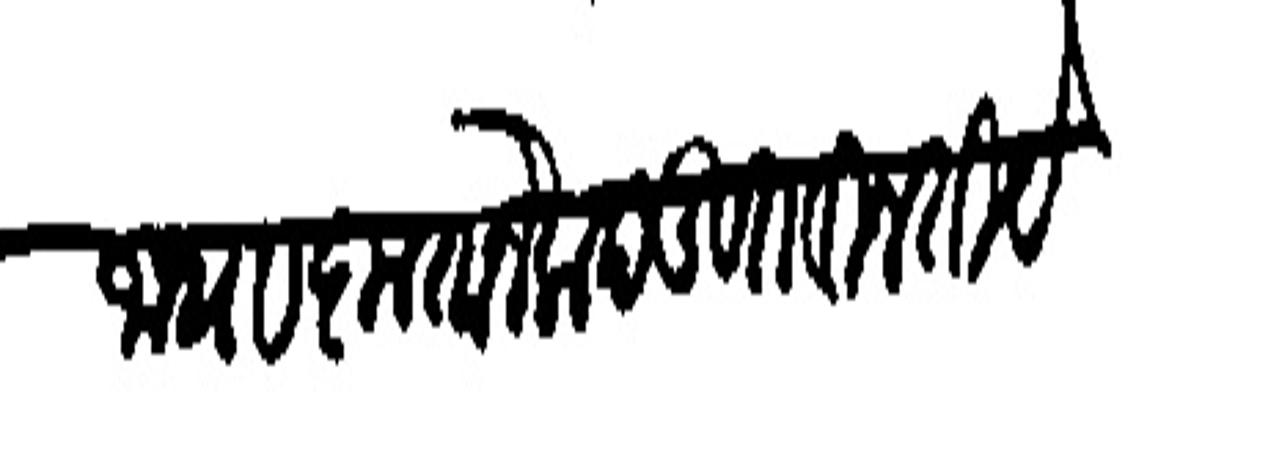
Transliteration (Devanagari): जाधव कृतानेक दडवत विनती येथील